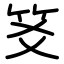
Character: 笅